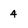
Character: 4